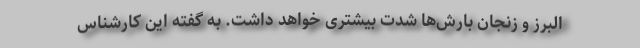
البرز و زنجان بارش‌ها شدت بیشتری خواهد داشت. به گفته این کارشناس